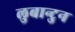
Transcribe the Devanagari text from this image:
लुबान्टुन